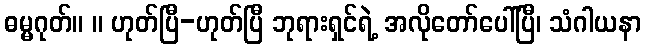
ဓမ္မဂုတ်။ ။ ဟုတ်ပြီ-ဟုတ်ပြီ ဘုရားရှင်ရဲ့ အလိုတော်ပေါ်ပြီ၊ သံဂါယနာ